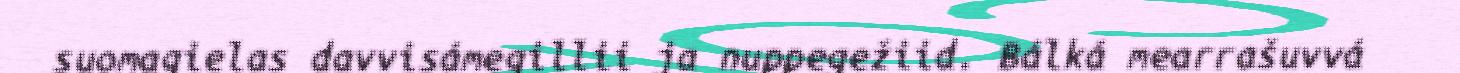
suomagielas davvisámegillii ja nuppegežiid. Bálká mearrašuvvá